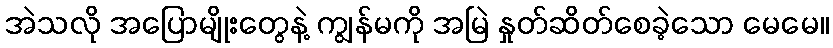
အဲသလို အပြောမျိုးတွေနဲ့ ကျွန်မကို အမြဲ နှုတ်ဆိတ်စေခဲ့သော မေမေ။